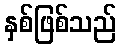
နှစ်ဖြစ်သည်